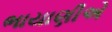
ભાયાણીએ